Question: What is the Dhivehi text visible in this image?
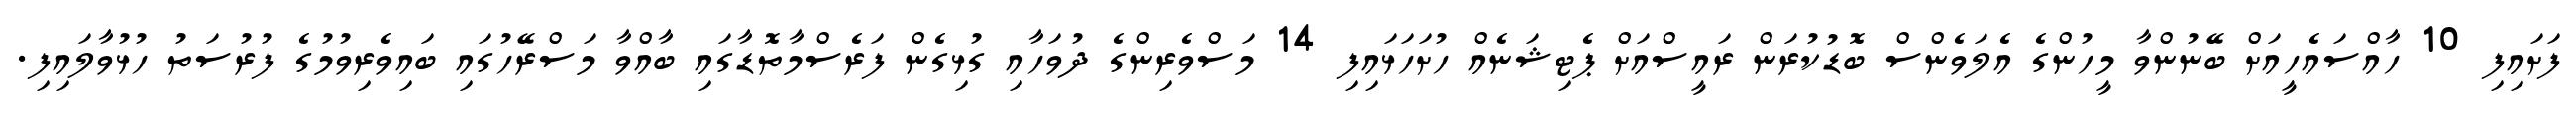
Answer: ފަށައިފި 10 ހާއްސައެހީއަށް ބޭނުންވާ މީހުންގެ އެލަވެންސް ބޮޑުކުރަން ރައީސްއަށް ޕެޓިޝަނެއް ހުށަހަޅައިފި 14 މަސްވެރިންގެ ދުވަހާއި ގުޅިގެން ފަރެސްމާތޮޑާގައި ބާއްވާ މަސްރޭހުގައި ބައިވެރިވުމުގެ ފުރުސަތު ހުޅުވާލައިފި.